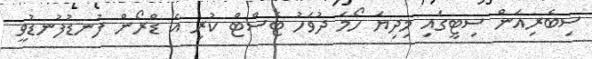
ސިބެރިއަން ސިޓީގައި މިިދިޔަ ހޯމަ ދުވަހު ޓެސްޓް ކުރި އެ ޑްރޯން ފުނޑުފުނޑުވީ